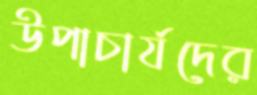
উপাচার্যদের